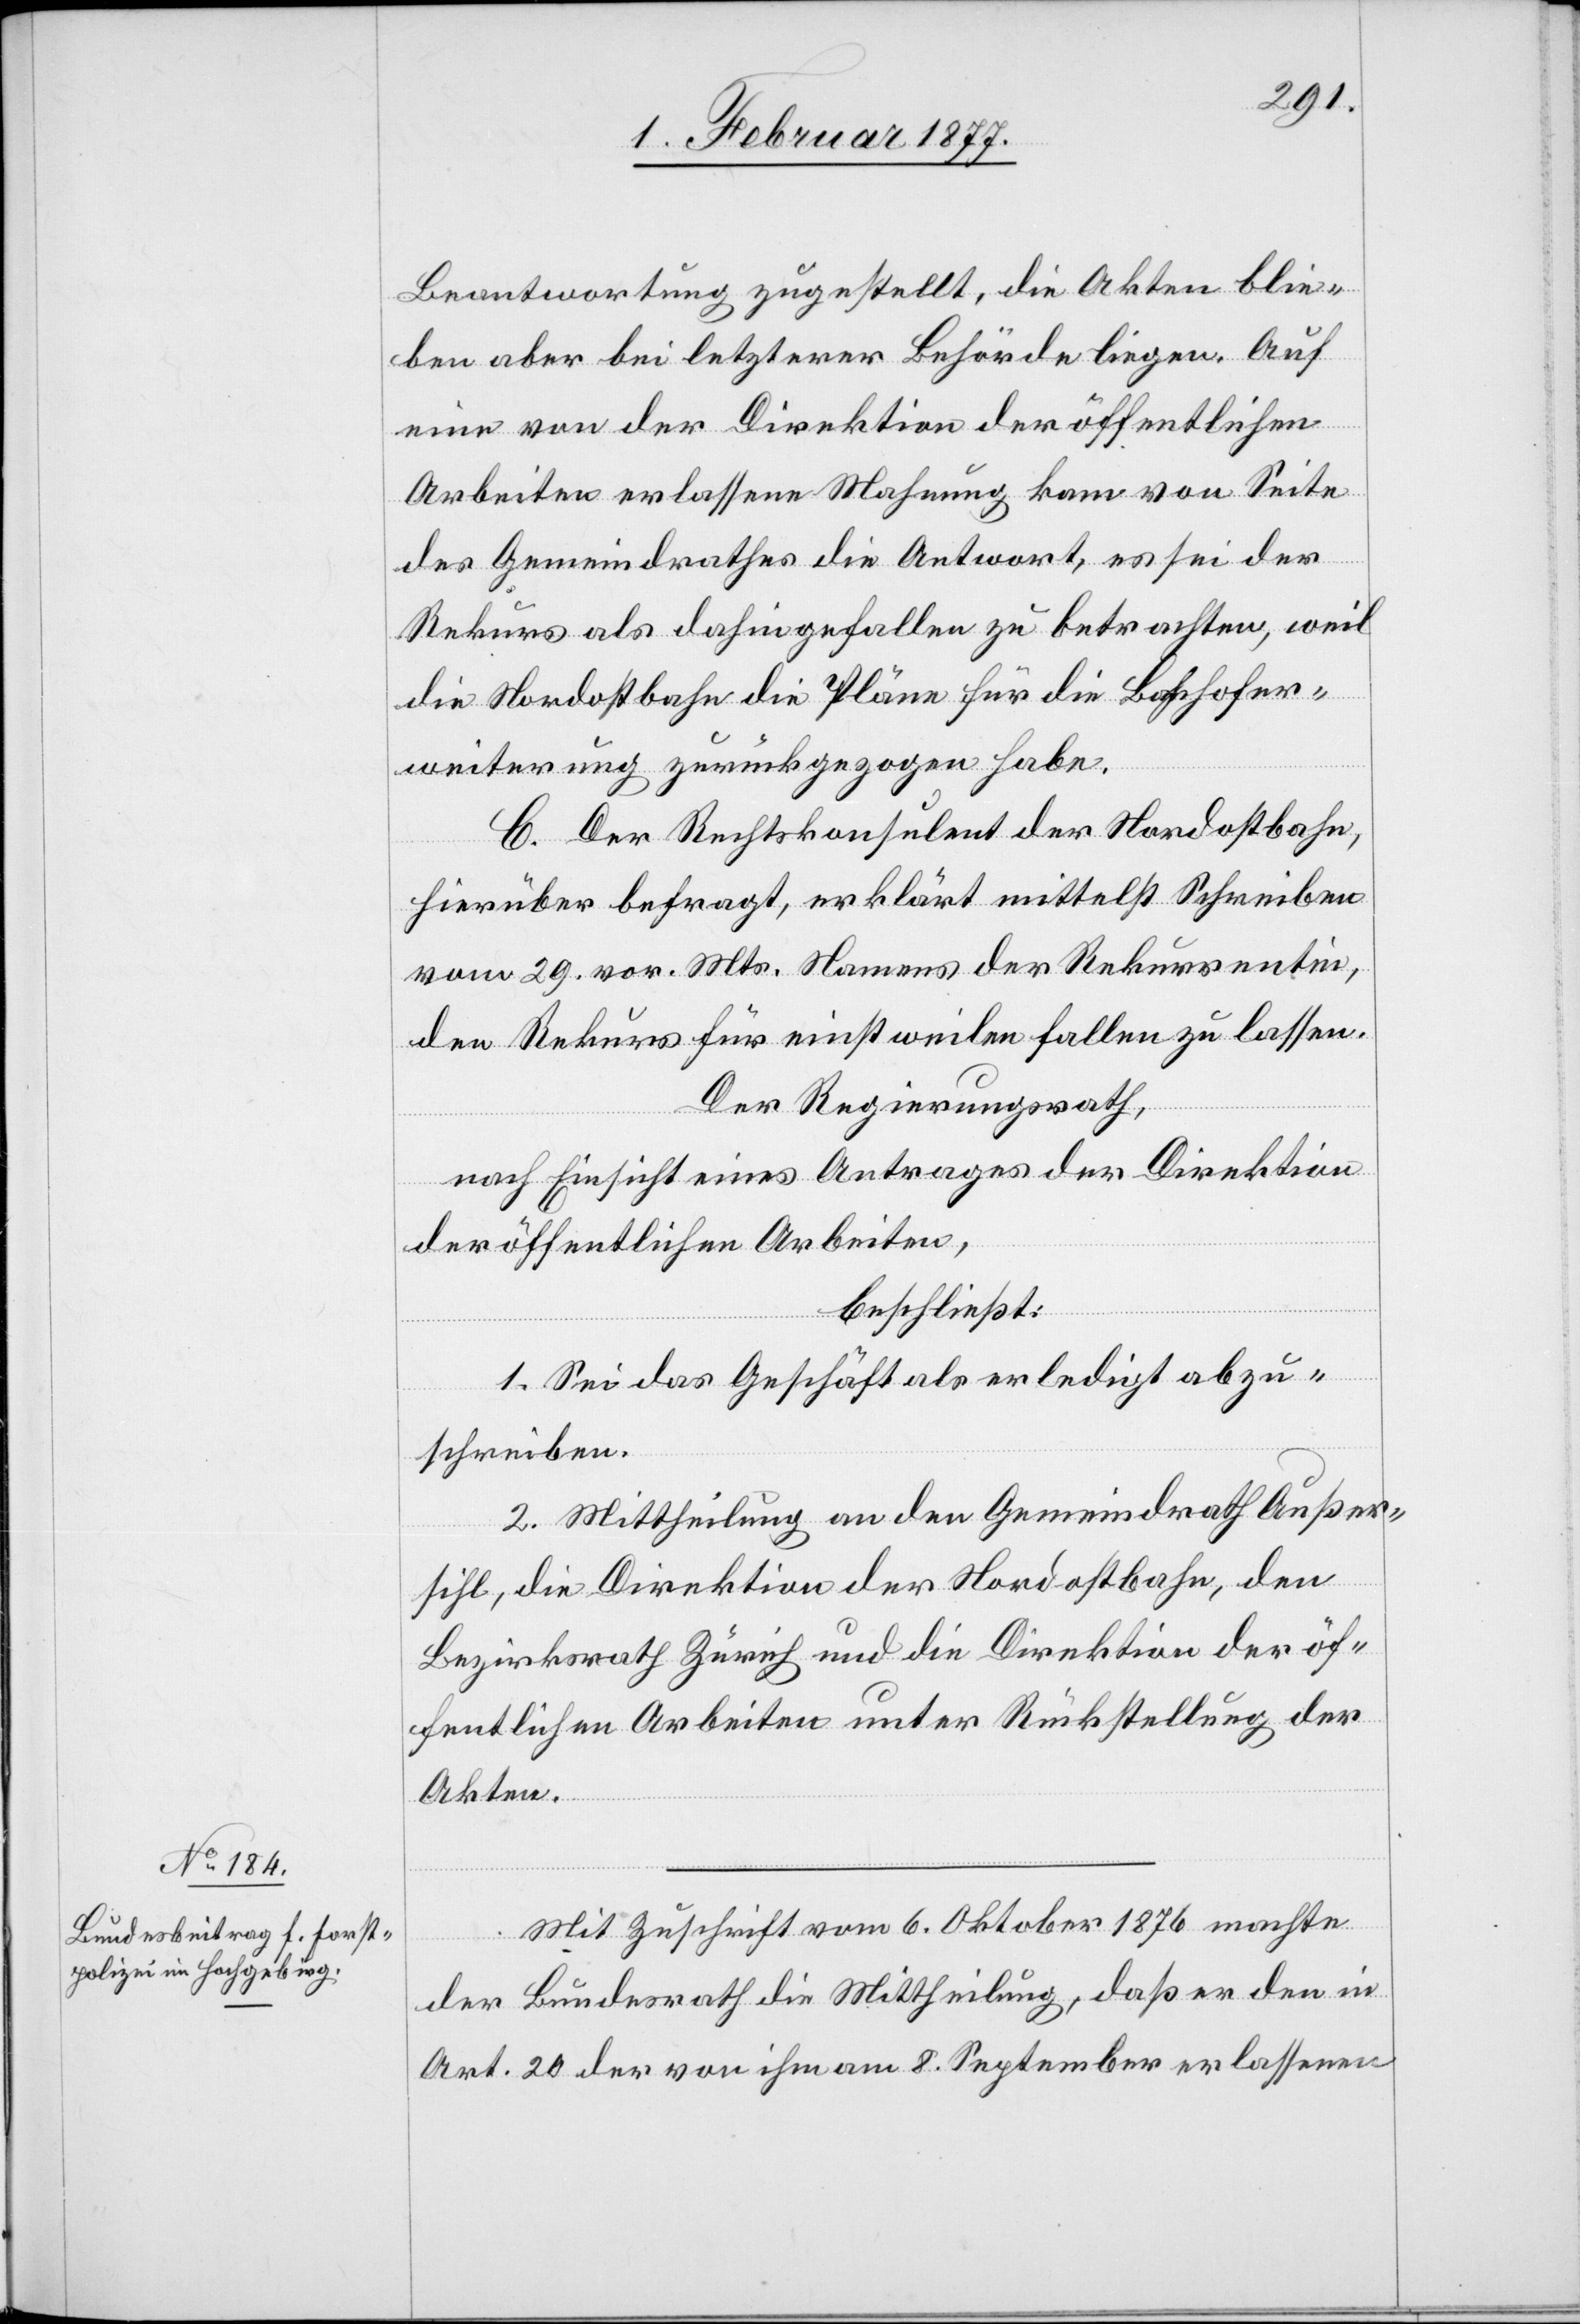
Beantwortung zugestellt, die Akten blie¬
ben aber bei letzterer Behörde liegen. Auf
eine von der Direktion der öffentlichen
Arbeiten erlassene Mahnung kam von Seite
des Gemeindrathes die Antwort, es sei der
Rekurs als dahingefallen zu betrachten, weil
die Nordostbahn die Pläne für die Bahnhofer¬
weiterung zurückgezogen habe.
C. Der Rechtskonsulent der Nordostbahn,
hierüber befragt, erklärt mittelst Schreiben
vom 29. vor. Mts. Namens der Rekurrentin,
den Rekurs für einstweilen fallen zu lassen.
Der Regierungsrath,
nach Einsicht eines Antrages der Direktion
der öffentlichen Arbeiten,
beschließt:
1. Sei das Geschäft als erledigt abzu¬
schreiben.
2. Mittheilung an den Gemeindrath Außer¬
sihl, die Direktion der Nordostbahn, den
Bezirksrath Zürich und die Direktion der öf¬
fentlichen Arbeiten unter Rückstellung der
Akten.
Mit Zuschrift vom 6. Oktober 1876 machte
der Bundesrath die Mittheilung, daß er den in
Art. 20 der von ihm am 8. September erlassenen